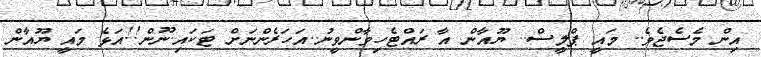
އިން މެސެޖެވެ.. މައީ ޕްލީސް.. ޔޫއާން އާ ރައްޓެހިވާންވީނު..އަހަރެންނަށް ޓަކައި.ނޫން!!އަޅެ މައީ ޔޫއާން